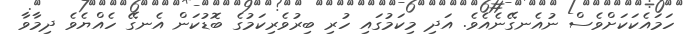
ހަމައެކަކަށްވެސް ނުއެނގޭނެއެވެ. އަދި މިކަމުގައި ހުރި ބިރުވެރިކަމުގެ ބޮޑުކަން އެނގޭ ހެއްޔެވެ ދިމާވާ